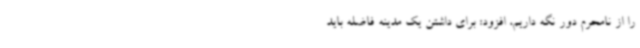
را از نامحرم دور نگه داریم، افزود: برای داشتن یک مدینه فاضله باید